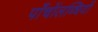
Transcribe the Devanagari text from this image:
पाँचोंलब्धियों